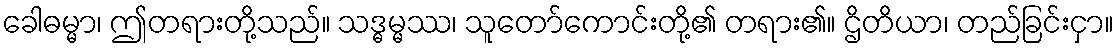
ခေါဓမ္မာ၊ ဤတရားတို့သည်။ သဒ္ဓမ္မဿ၊ သူတော်ကောင်းတို့၏ တရား၏။ ဌိတိယာ၊ တည်ခြင်းငှာ။